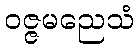
ဝဇ္ဇမညေသံ